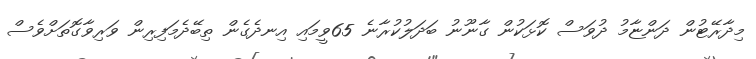
މިދާރޭޓުން ދަންޏާމު ދުވަސް ކޮޅަކުން ގާނޫނު ބަދަލުކުރާނެ 65ވީމައި އިނދެގެން ތިބޭދެމަފިރިން ވަރިވާގޮތަށްވެސް